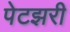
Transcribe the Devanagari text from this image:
पेटझरी